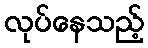
လုပ်နေသည့်